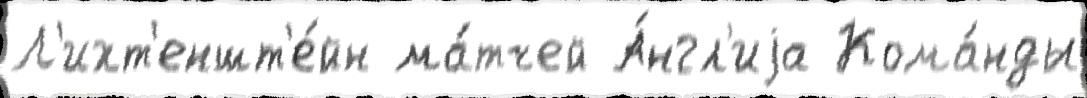
Л'ихт'еншт'е́йн ма́тчей А́нгл'иjа Кома́нды